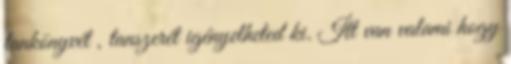
tankönyvét , tanszerét igényelheted ki. Itt van valami hogy